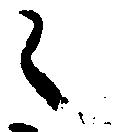
々